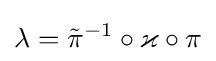
\lambda ={\tilde {\pi }}^{-1}\circ \varkappa \circ \pi